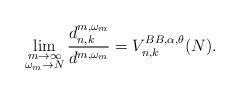
LaTeX: \begin{align*} \lim_{\substack{m\to\infty \\ \omega_m \to N}} \frac{d_{n,k}^{m,\omega_{m}}}{d^{m,\omega_{m}}} = V^{BB,\alpha,\theta}_{n,k} (N).\end{align*}